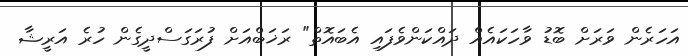
އަހަރެން ވަރަށް ބޮޑު ވާހަކައެއް ދައްކަންވެފައި އެބައޮތް" ރަޚަބްއަށް ފުރަގަސްދީގެން ހުރެ އަރީޝާ